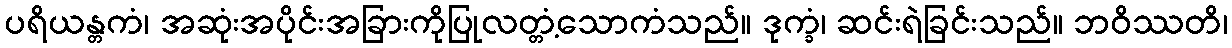
ပရိယန္တကံ၊ အဆုံးအပိုင်းအခြားကိုပြုလတ္တံ့သောကံသည်။ ဒုက္ခံ၊ ဆင်းရဲခြင်းသည်။ ဘဝိဿတိ၊